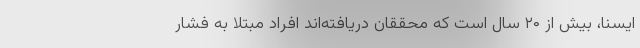
ایسنا، بیش از ۲۰ سال است که محققان دریافته‌اند افراد مبتلا به فشار